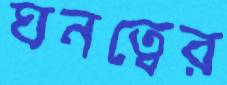
ঘনত্বের